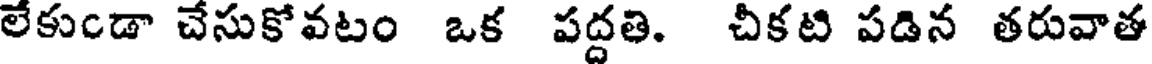
లేకుండా చేసుకోవటం ఒక పద్దతి. చీకటి పడిన తరువాత